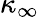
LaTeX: \kappa_{\infty}